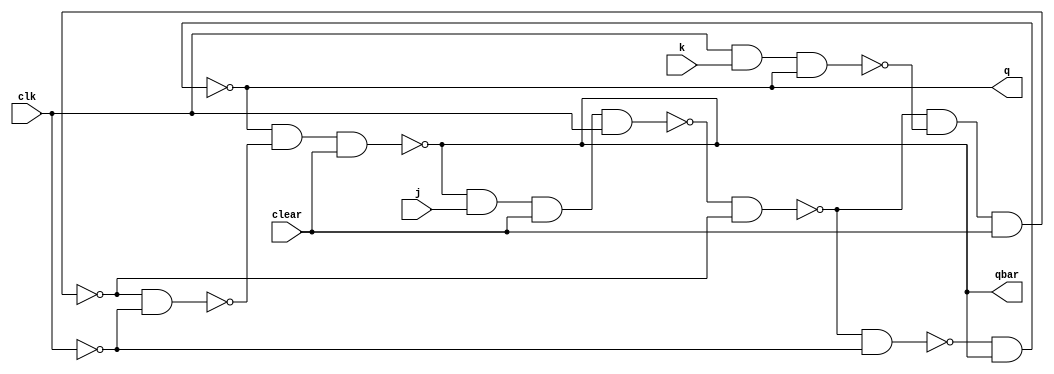
module jk_ff(q,qbar,j,k,clear,clk);
input j,k,clear,clk;
output q,qbar;
wire a,b,c,d,e,f,cbar;
not (cbar,clk);
nand n1(a,qbar,j,clear,clk);
nand n2(b,clk,k,q);
nand n3(c,a,d);
nand n4(d,c,b,clear);
nand n5(e,c,cbar);
nand n6(f,d,cbar);
nand n7(q,e,qbar);
nand n8(qbar,q,f,clear);
endmodule